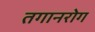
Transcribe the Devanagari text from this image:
तगानरोग